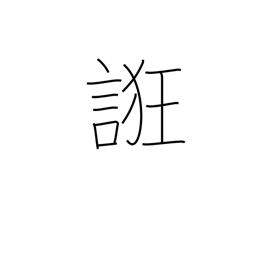
Meaning: coax